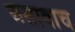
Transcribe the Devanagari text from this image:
असावाच